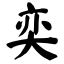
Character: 奕